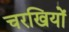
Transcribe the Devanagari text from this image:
चरखियों